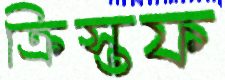
ক্রিস্তফ